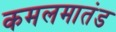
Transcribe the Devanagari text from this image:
कमलमातंड